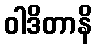
ဝါဒိတာနိ